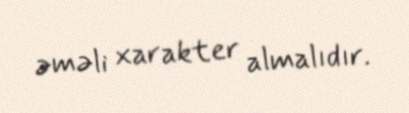
əməli xarakter almalıdır.